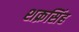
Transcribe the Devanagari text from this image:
शक्रसिंह